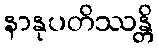
နာနုပတိဿန္တိ